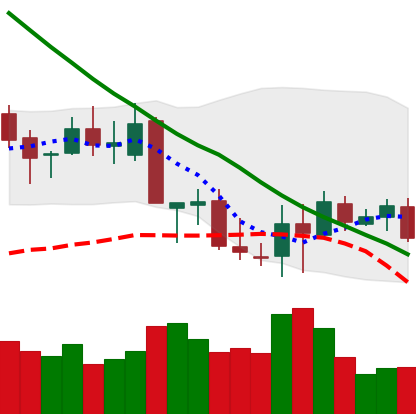
Ticker: XLM-USD
Chart end date: 2018-09-17
Forward return: 21.541%
Label: up_7plus